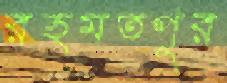
রহমতপুর